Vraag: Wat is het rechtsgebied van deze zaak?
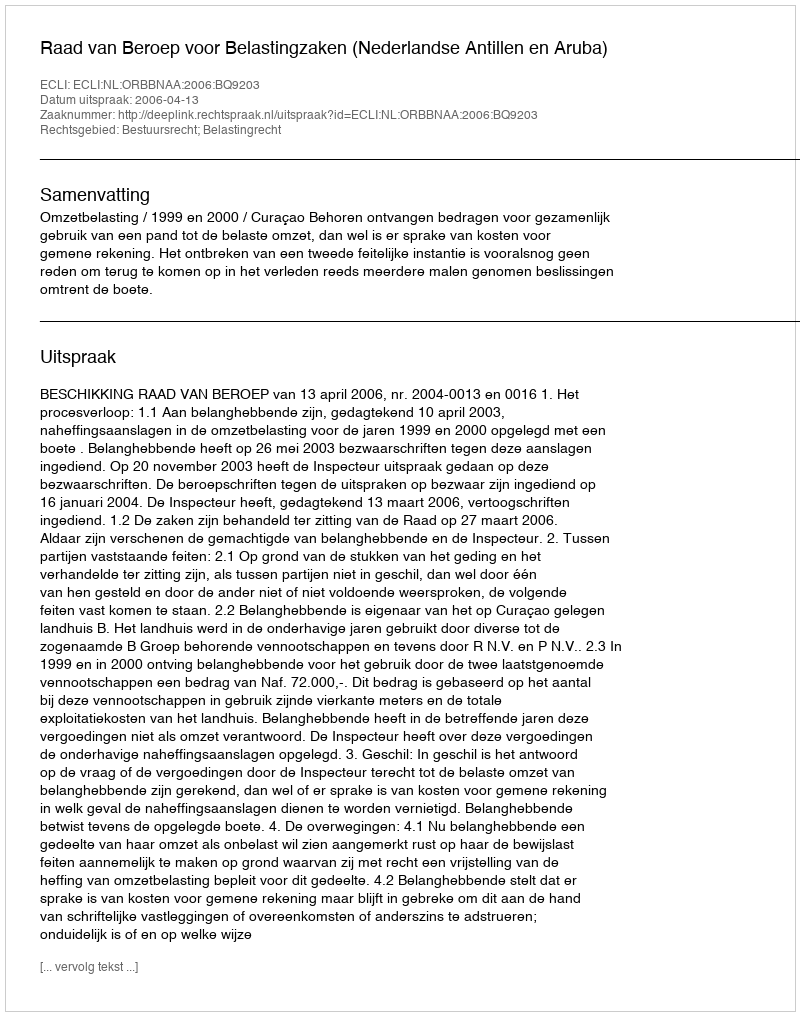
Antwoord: Bestuursrecht; Belastingrecht